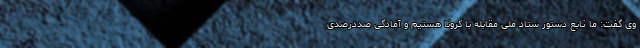
وی گفت: ما تابع دستور ستاد ملی مقابله با کرونا هستیم و آمادگی صددرصدی